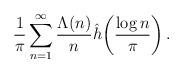
LaTeX: \begin{align*}\frac{1}{\pi}\sum_{n=1}^\infty\frac{\Lambda(n)}{n}\hat{h}\!\left(\frac{\log n}{\pi}\right).\end{align*}